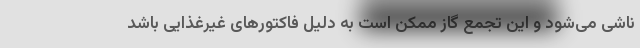
ناشی می‌شود و این تجمع گاز ممکن است به دلیل فاکتورهای غیرغذایی باشد